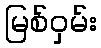
မြစ်ဝှမ်း